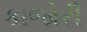
કાજોરી